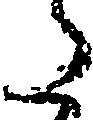
た